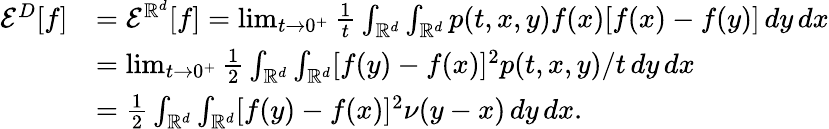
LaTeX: \begin{array}{rl}{\mathcal{E}^{D}[f]}&{=\mathcal{E}^{\mathbb{R}^{d}}[f]=\operatorname*{lim}_{t\to 0^{+}}\frac 1t\int_{\mathbb{R}^{d}}\int_{\mathbb{R}^{d}}p(t,x,y)f(x)[f(x)-f(y)]\, dy\, dx}\\ &{=\operatorname*{lim}_{t\to 0^{+}}\frac 12\int_{\mathbb{R}^{d}}\int_{\mathbb{R}^{d}}[f(y)-f(x)]^{2}p(t,x,y)/t\, dy\, dx}\\ &{=\frac 12\int_{\mathbb{R}^{d}}\int_{\mathbb{R}^{d}}[f(y)-f(x)]^{2}\nu(y-x)\, dy\, dx.}\end{array}